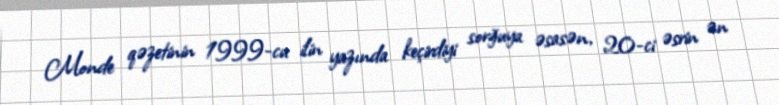
Monde qəzetinin 1999-cu ilin yazında keçirdiyi sorğuya əsasən, 20-ci əsrin ən